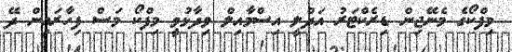
މިފްކޯގެ މެނޭޖިން ޑިރެކްޓަރު އަދްލީ އިސްމާއިލް ވިދާޅުވީ މިފްކޯ މަސް ފިހާރައިން ދޭ